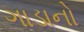
ગાડાનો